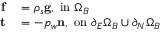
\begin{array} { r l } { \mathbf { f } } & { { } = \rho _ { s } \mathbf { g } , \ \mathrm { i n } \ \Omega _ { B } } \\ { \mathbf { t } } & { { } = - p _ { w } \mathbf { n } , \ \mathrm { o n } \ \partial _ { E } \Omega _ { B } \cup \partial _ { N } \Omega _ { B } } \end{array}